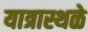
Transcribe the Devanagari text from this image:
यात्रास्थळे